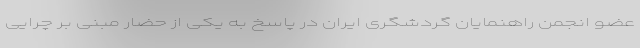
عضو انجمن راهنمایان گردشگری ایران در پاسخ به یکی از حضار مبنی بر چرایی